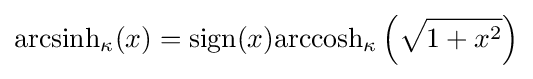
{\rm {arcsinh}}_{\kappa }(x)={\rm {sign}}(x){\rm {arccosh}}_{\kappa }\left({\sqrt {1+x^{2}}}\right)